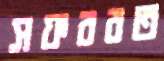
সফররত